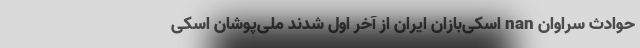
حوادث سراوان nan اسکی‌بازان ایران از آخر اول شدند ملی‌پوشان اسکی